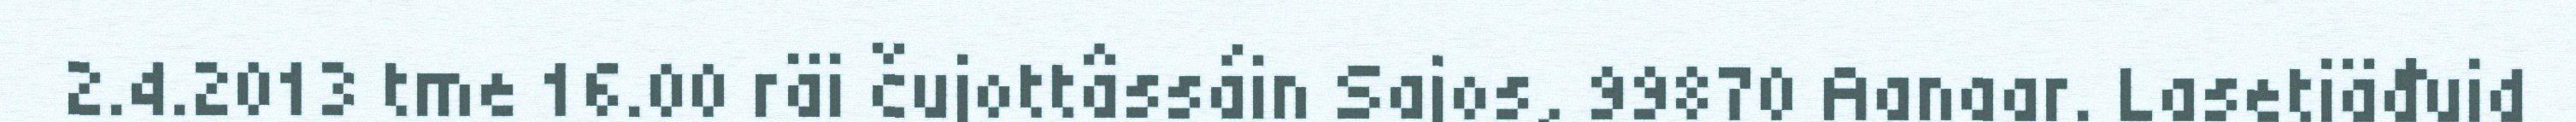
2.4.2013 tme 16.00 räi čujottâssáin Sajos, 99870 Aanaar. Lasetiäđuid